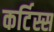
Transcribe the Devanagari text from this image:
कर्टिस्स